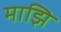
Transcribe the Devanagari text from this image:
माझि